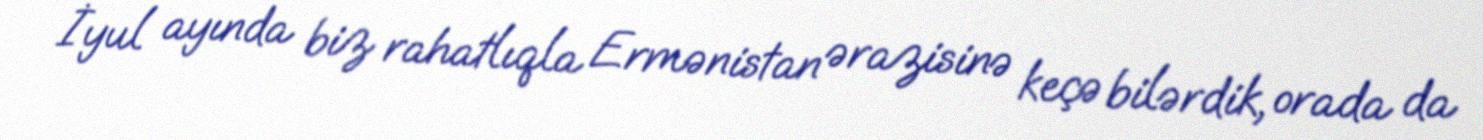
İyul ayında biz rahatlıqla Ermənistan ərazisinə keçə bilərdik, orada da